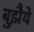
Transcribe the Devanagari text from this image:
बुझैये